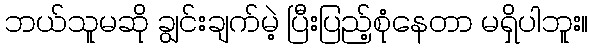
ဘယ်သူမဆို ချွင်းချက်မဲ့ ပြီးပြည့်စုံနေတာ မရှိပါဘူး။